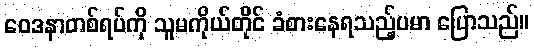
ဝေဒနာတစ်ရပ်ကို သူမကိုယ်တိုင် ခံစားနေရသည့်ပမာ ပြောသည်။